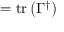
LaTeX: = \operatorname { t r } \left( \Gamma ^ { \dagger } \right)